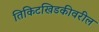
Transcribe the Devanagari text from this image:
तिकिटखिडकीवरील